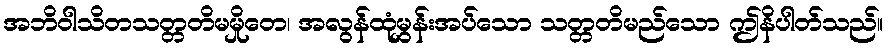
အဘိဝါသိတသတ္တတိမမှိုတေ၊ အလွန်ထုံမွှန်းအပ်သော သတ္တတိမည်သော ဤနိပါတ်သည်။